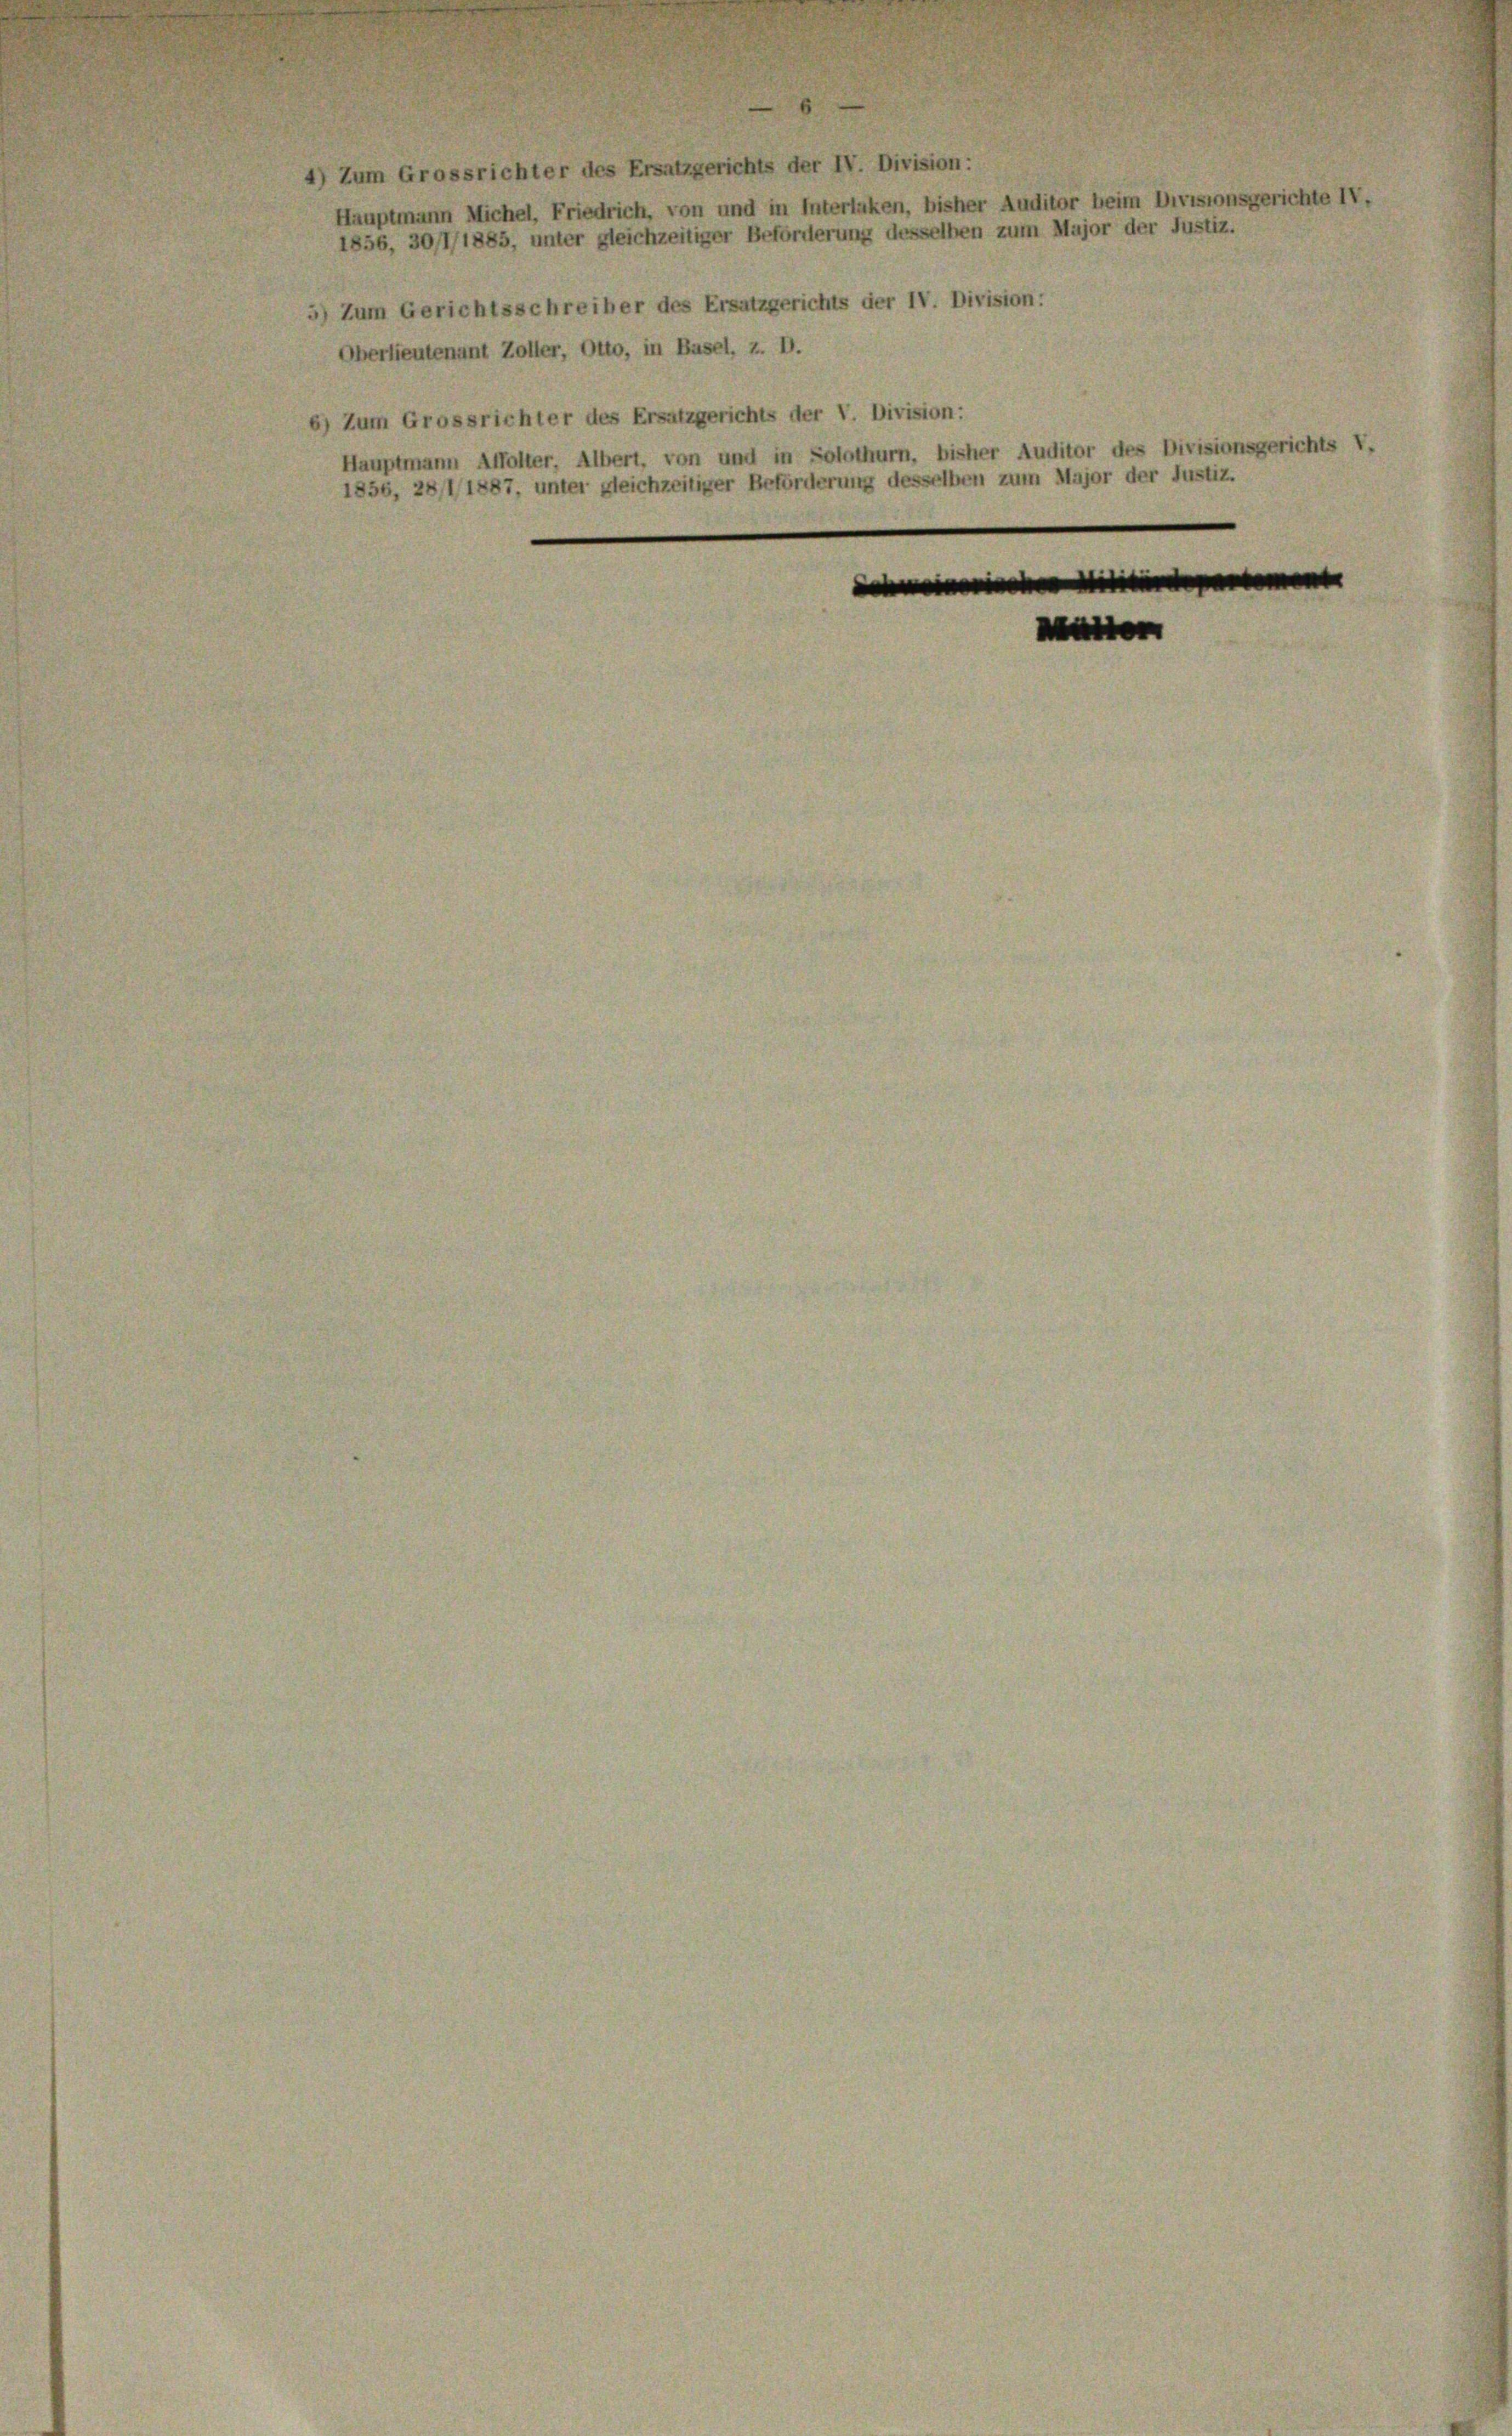
4) Zum Grossrichter des Ersatzgerichts der IV. Division:
Hauptmann Michel, Friedrich, von und in Interlaken, bisher Auditor beim Divisionsgerichte IV.
1856, 30/1/1885, unter gleichzeitiger Beförderung desselben zum Major der Justiz.
Zum Gerichtsschreiber des Ersatzgerichts der IV. Division:
Oberlieutenant Zoller, Otto, in Basel, z. D.
Zum Grossrichter des Ersatzgerichts der V. Division:
Hauptmann Affolter, Albert, von und in Solothurn, bisher Auditor des Divisionsgerichts v
1856, 28/1/1887, unter gleichzeitiger Beförderung desselben zum Major der Justiz.